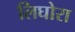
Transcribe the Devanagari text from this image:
लिघोरा